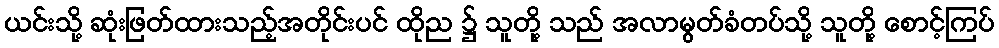
ယင်းသို့ ဆုံးဖြတ်ထားသည့်အတိုင်းပင် ထိုည ၌ သူတို့ သည် အလာမွတ်ခံတပ်သို့ သူတို့ စောင့်ကြပ်